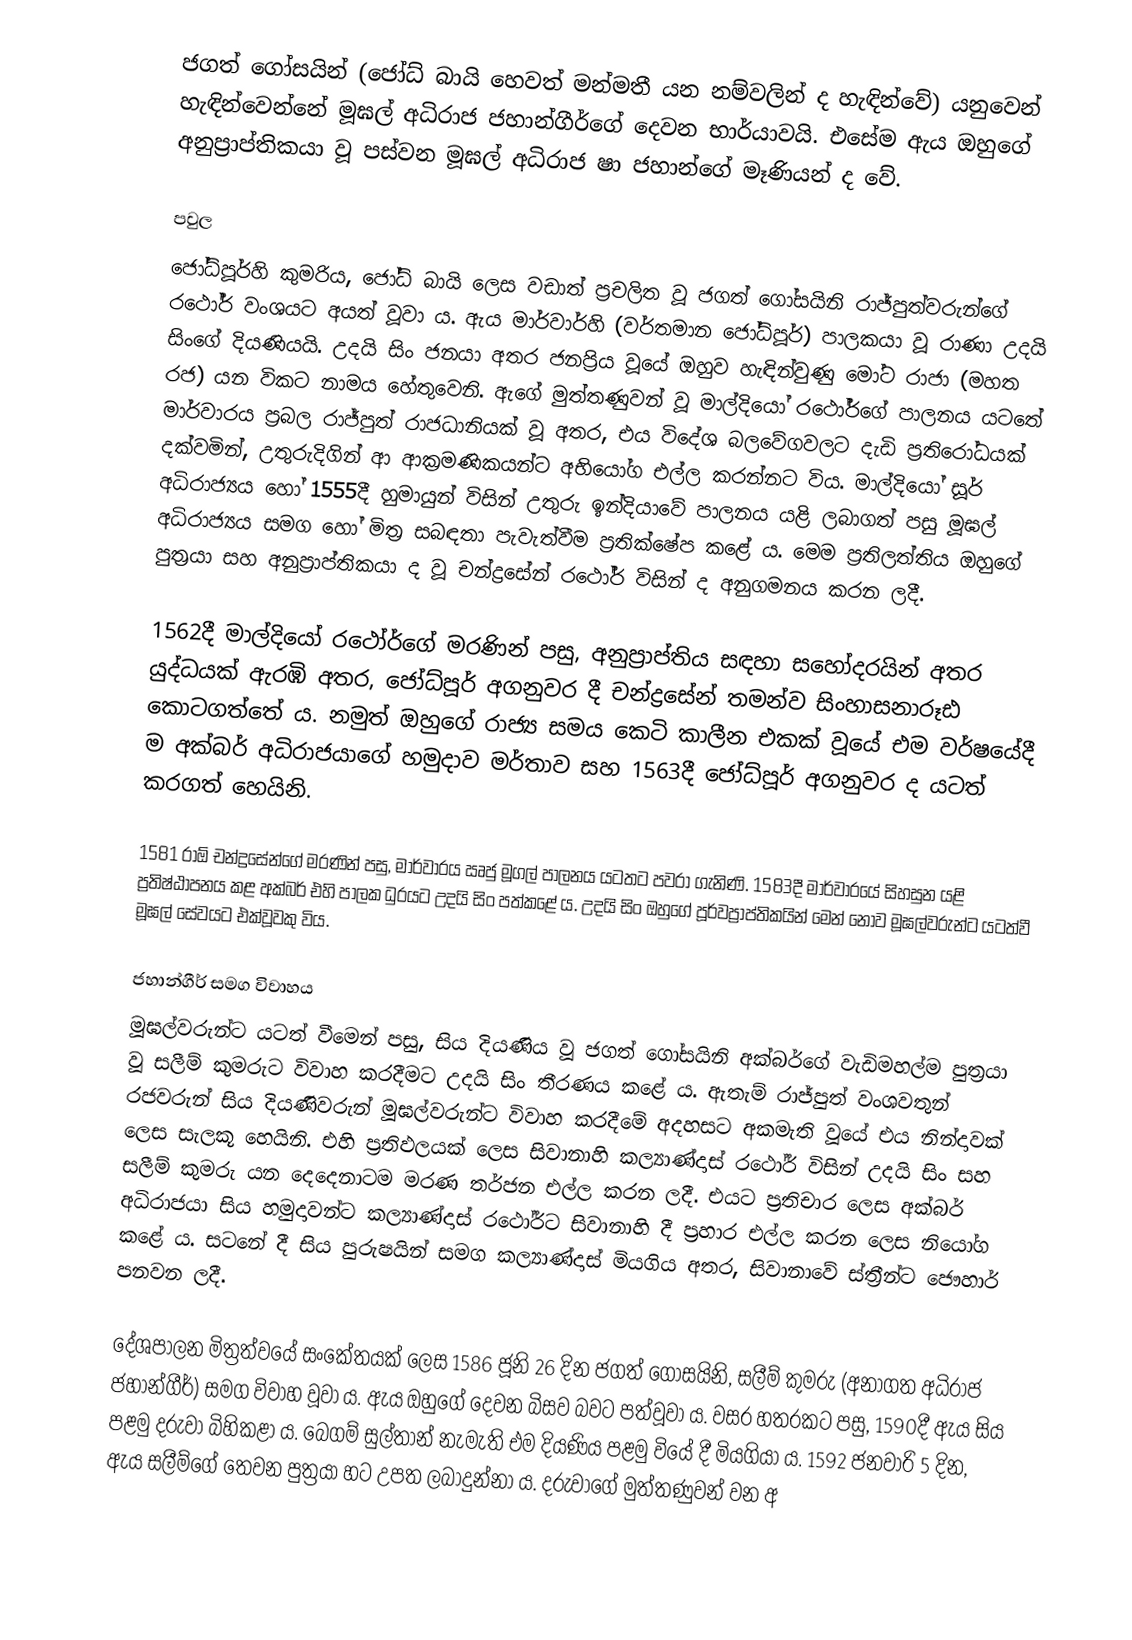
ජගත් ගෝසයින් (ජෝධ් බායි හෙවත් මන්මතී යන නම්වලින් ද හැඳින්වේ) යනුවෙන් හැඳින්වෙන්නේ මූඝල් අධිරාජ ජහාන්ගීර්ගේ දෙවන භාර්යාවයි. එසේම ඇය ඔහුගේ අනුප්‍රාප්තිකයා වූ පස්වන මූඝල් අධිරාජ ෂා ජහාන්ගේ මෑණියන් ද වේ.

පවුල
ජෝධ්පූර්හි කුමරිය, ජෝධ් බායි ලෙස වඩාත් ප්‍රචලිත වූ ජගත් ගෝසයිනි රාජ්පුත්වරුන්‍‍ගේ රථෝර් වංශයට අයත් වූවා ය. ඇය මාර්වාර්හි (වර්තමාන ජෝධ්පූර්) පාලකයා වූ රාණා උදයි සිංගේ දියණියයි. උදයි සිං ජනයා අතර ජනප්‍රිය වූයේ ඔහුව හැඳින්වුණු මෝට රාජා (මහත රජ) යන විකට නාමය හේතුවෙනි. ඇගේ මුත්තණුවන් වූ මාල්දියෝ රථෝර්ගේ පාලනය යටතේ මාර්වාරය ප්‍රබල රාජ්පුත් රාජධානියක් වූ අතර, එය විදේශ බලවේගවලට දැඩි ප්‍රතිරෝධයක් දක්වමින්, උතුරුදිගින් ආ ආක්‍රමණිකයන්ට අභියෝග එල්ල කරන්නට විය. මාල්දියෝ සූර් අධිරාජ්‍යය‍ හෝ 1555දී හුමායුන් විසින් උතුරු ඉන්දියාවේ පාලනය යළි ලබාගත් පසු මූඝල් අධිරාජ්‍යය සමග හෝ මිත්‍ර සබඳතා පැවැත්වීම ප්‍රතික්ෂේප කළේ ය. මෙම ප්‍රතිලත්තිය ඔහුගේ පුත්‍රයා සහ අනුප්‍රාප්තිකයා ද වූ චන්ද්‍රසේන් රථෝර් විසින් ද අනුගමනය කරන ලදී.

1562දී මාල්දියෝ රථෝර්ගේ මරණින් පසු, අනුප්‍රාප්තිය සඳහා සහෝදරයින් අතර යුද්ධයක් ඇරඹි අතර, ජෝධ්පූර් අගනුවර දී චන්ද්‍රසේන් තමන්ව සිංහාසනාරූඪ කොටගත්තේ ය. නමුත් ඔහුගේ රාජ්‍ය සමය කෙටි කාලීන එකක් වූයේ එම වර්ෂයේදී ම අක්බර් අධිරාජයාගේ හමුදාව මර්තාව සහ 1563දී ජෝධ්පූර් අගනුවර ද යටත් කරගත් හෙයිනි.

1581 රාඕ චන්ද්‍රසේන්ගේ මරණින් පසු, මාර්වාරය ඍජු මූගල් පාලනය යටතට පවරා ගැනිණි. 1583දී මාර්වාරයේ සිහසුන යළි ප්‍රතිෂ්ඨාපනය කළ අක්බර් එහි පාලක ධුරයට උදයි සිං පත්කළේ ය. උදයි සිං ඔහුගේ පූර්වප්‍රාප්තිකයින් මෙන් නොව මූඝල්වරුන්ට යටත්වී මූඝල් සේවයට එක්වූවකු විය.

ජහාන්ගීර් සමග විවාහය
මූඝල්වරුන්ට යටත් වීමෙන් පසු, සිය දියණිය වූ ජගත් ගෝසයිනි අක්බර්ගේ වැඩිමහල්ම පුත්‍රයා වූ සලීම් කුමරුට විවාහ කරදීමට උදයි සිං තීරණය කළේ ය. ඇතැම් රාජ්පුත් වංශවතුන් රජවරුන් සිය දියණිවරුන් මූඝල්වරුන්ට විවාහ කරදීමේ අදහසට අකමැති වූයේ එය නින්දාවක් ලෙස සැලකූ හෙයිනි. එහි ප්‍රතිඵලයක් ලෙස සිවානාහි කල්‍යාණ්දාස් රථෝර් විසින් උදයි සිං සහ සලීම් කුමරු යන දෙදෙනාටම මරණ තර්ජන එල්ල කරන ලදී. එයට ප්‍රතිචාර ලෙස අක්බර් අධිරාජයා සිය හමුදාවන්ට කල්‍යාණ්දාස් රථෝර්ට සිවානාහි දී ප්‍රහාර එල්ල කරන ලෙස නියෝග කළේ ය. සටනේ දී සිය පුරුෂයින් සමග කල්‍යාණ්දාස් මියගිය අතර, සිවානාවේ ස්ත්‍රීන්ට ජෞහාර් පනවන ලදී.

දේශපාලන මිත්‍රත්වයේ සංකේතයක් ලෙස 1586 ජූනි 26 දින ජගත් ගෝසයිනි, සලීම් කුමරු (අනාගත අධිරාජ ජහාන්ගීර්) සමග විවාහ වූවා ය. ඇය ඔහුගේ දෙවන බිසව බවට පත්වූවා ය. වසර හතරකට පසු, 1590දී ඇය සිය පළමු දරුවා බිහිකළා ය. බෙගම් සුල්තාන් නැමැති එම දියණිය පළමු වියේ දී මියගියා ය. 1592 ජනවාරි 5 දින, ඇය සලීම්ගේ තෙවන පුත්‍රයා හට උපත ලබාදුන්නා ය. දරුවාගේ මුත්තණුවන් වන අ